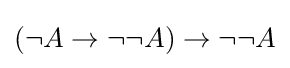
(\neg A\to \neg \neg A)\to \neg \neg A